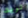
تريد